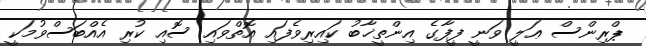
ޕްރިންސް ޢަލީ ވަނީ ފީފާގެ އިންތީޚާބު ކައިރިވެފައި އޮތްވައި ސޮއި ކުރި އެއްބަސްވުމަކީ